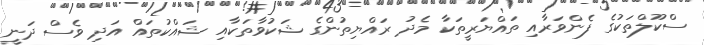
ސްކޫލްތަކުގެ ފެންވަރާއި ތައްޔަރީތަކާ މެދު ރައްޔިތުންގެ ޝަކުވާތަކާއި ޝައްކުތައް އަދި ވެސް ދަނީ